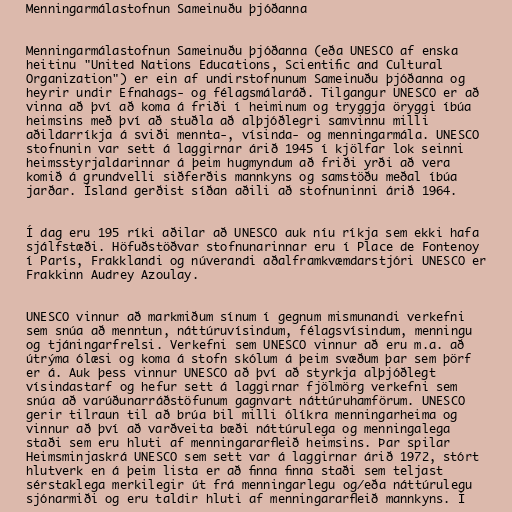
Menningarmálastofnun Sameinuðu þjóðanna

Menningarmálastofnun Sameinuðu þjóðanna (eða UNESCO af enska
heitinu "United Nations Educations, Scientific and Cultural
Organization") er ein af undirstofnunum Sameinuðu þjóðanna og
heyrir undir Efnahags- og félagsmálaráð. Tilgangur UNESCO er að
vinna að því að koma á friði í heiminum og tryggja öryggi íbúa
heimsins með því að stuðla að alþjóðlegri samvinnu milli
aðildarríkja á sviði mennta-, vísinda- og menningarmála. UNESCO
stofnunin var sett á laggirnar árið 1945 í kjölfar lok seinni
heimsstyrjaldarinnar á þeim hugmyndum að friði yrði að vera
komið á grundvelli siðferðis mannkyns og samstöðu meðal íbúa
jarðar. Ísland gerðist síðan aðili að stofnuninni árið 1964.

Í dag eru 195 ríki aðilar að UNESCO auk níu ríkja sem ekki hafa
sjálfstæði. Höfuðstöðvar stofnunarinnar eru í Place de Fontenoy
í París, Frakklandi og núverandi aðalframkvæmdarstjóri UNESCO er
Frakkinn Audrey Azoulay.

UNESCO vinnur að markmiðum sínum í gegnum mismunandi verkefni
sem snúa að menntun, náttúruvísindum, félagsvísindum, menningu
og tjáningarfrelsi. Verkefni sem UNESCO vinnur að eru m.a. að
útrýma ólæsi og koma á stofn skólum á þeim svæðum þar sem þörf
er á. Auk þess vinnur UNESCO að því að styrkja alþjóðlegt
vísindastarf og hefur sett á laggirnar fjölmörg verkefni sem
snúa að varúðunarráðstöfunum gagnvart náttúruhamförum. UNESCO
gerir tilraun til að brúa bil milli ólíkra menningarheima og
vinnur að því að varðveita bæði náttúrulega og menningalega
staði sem eru hluti af menningararfleið heimsins. Þar spilar
Heimsminjaskrá UNESCO sem sett var á laggirnar árið 1972, stórt
hlutverk en á þeim lista er að finna finna staði sem teljast
sérstaklega merkilegir út frá menningarlegu og/eða náttúrulegu
sjónarmiði og eru taldir hluti af menningararfleið mannkyns. Í